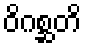
ဝိဂစ္ဆတိ